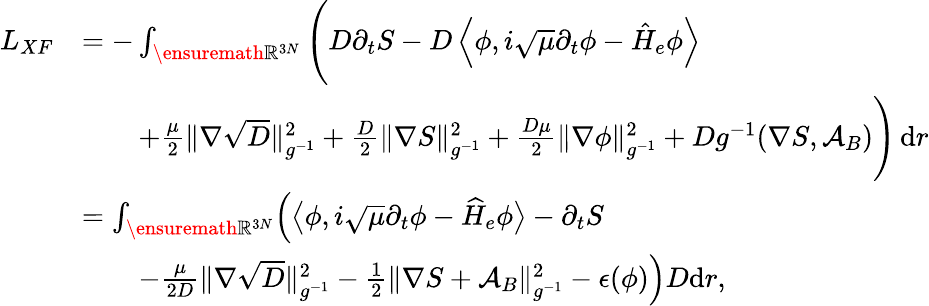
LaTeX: \begin{array}{rl}{L_{XF}}&{=-\int_{\ensuremath{\mathbb{R}}^{3N}}\Bigg(D\partial_{t}S-D\left\langle\phi,i\sqrt{\mu}\partial_{t}\phi-\hat{H}_{e}\phi\right\rangle}\\ &{\qquad+\frac{\mu}{2}\| \nabla\sqrt{D}\| _{g^{-1}}^{2}+\frac{D}{2}\| \nabla S\| _{g^{-1}}^{2}+\frac{D\mu}{2}\| \nabla\phi\| _{g^{-1}}^{2}+Dg^{-1}(\nabla S,\mathcal{A}_{B})\Bigg)\, \mathrm{d}r}\\ &{=\int_{\ensuremath{\mathbb{R}}^{3N}}\! \Big(\big\langle\phi,i\sqrt{\mu}\partial_{t}\phi-\widehat H_{e}\phi\big\rangle-\partial_{t}S}\\ &{\qquad-\frac{\mu}{2D}\| \nabla\sqrt{D}\| _{g^{-1}}^{2}-\frac{1}{2}\| \nabla S+\mathcal{A}_{B}\| _{g^{-1}}^{2}-\epsilon(\phi)\Big)D\mathrm{d}r,}\end{array}